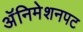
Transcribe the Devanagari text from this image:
अॅनिमेशनपट